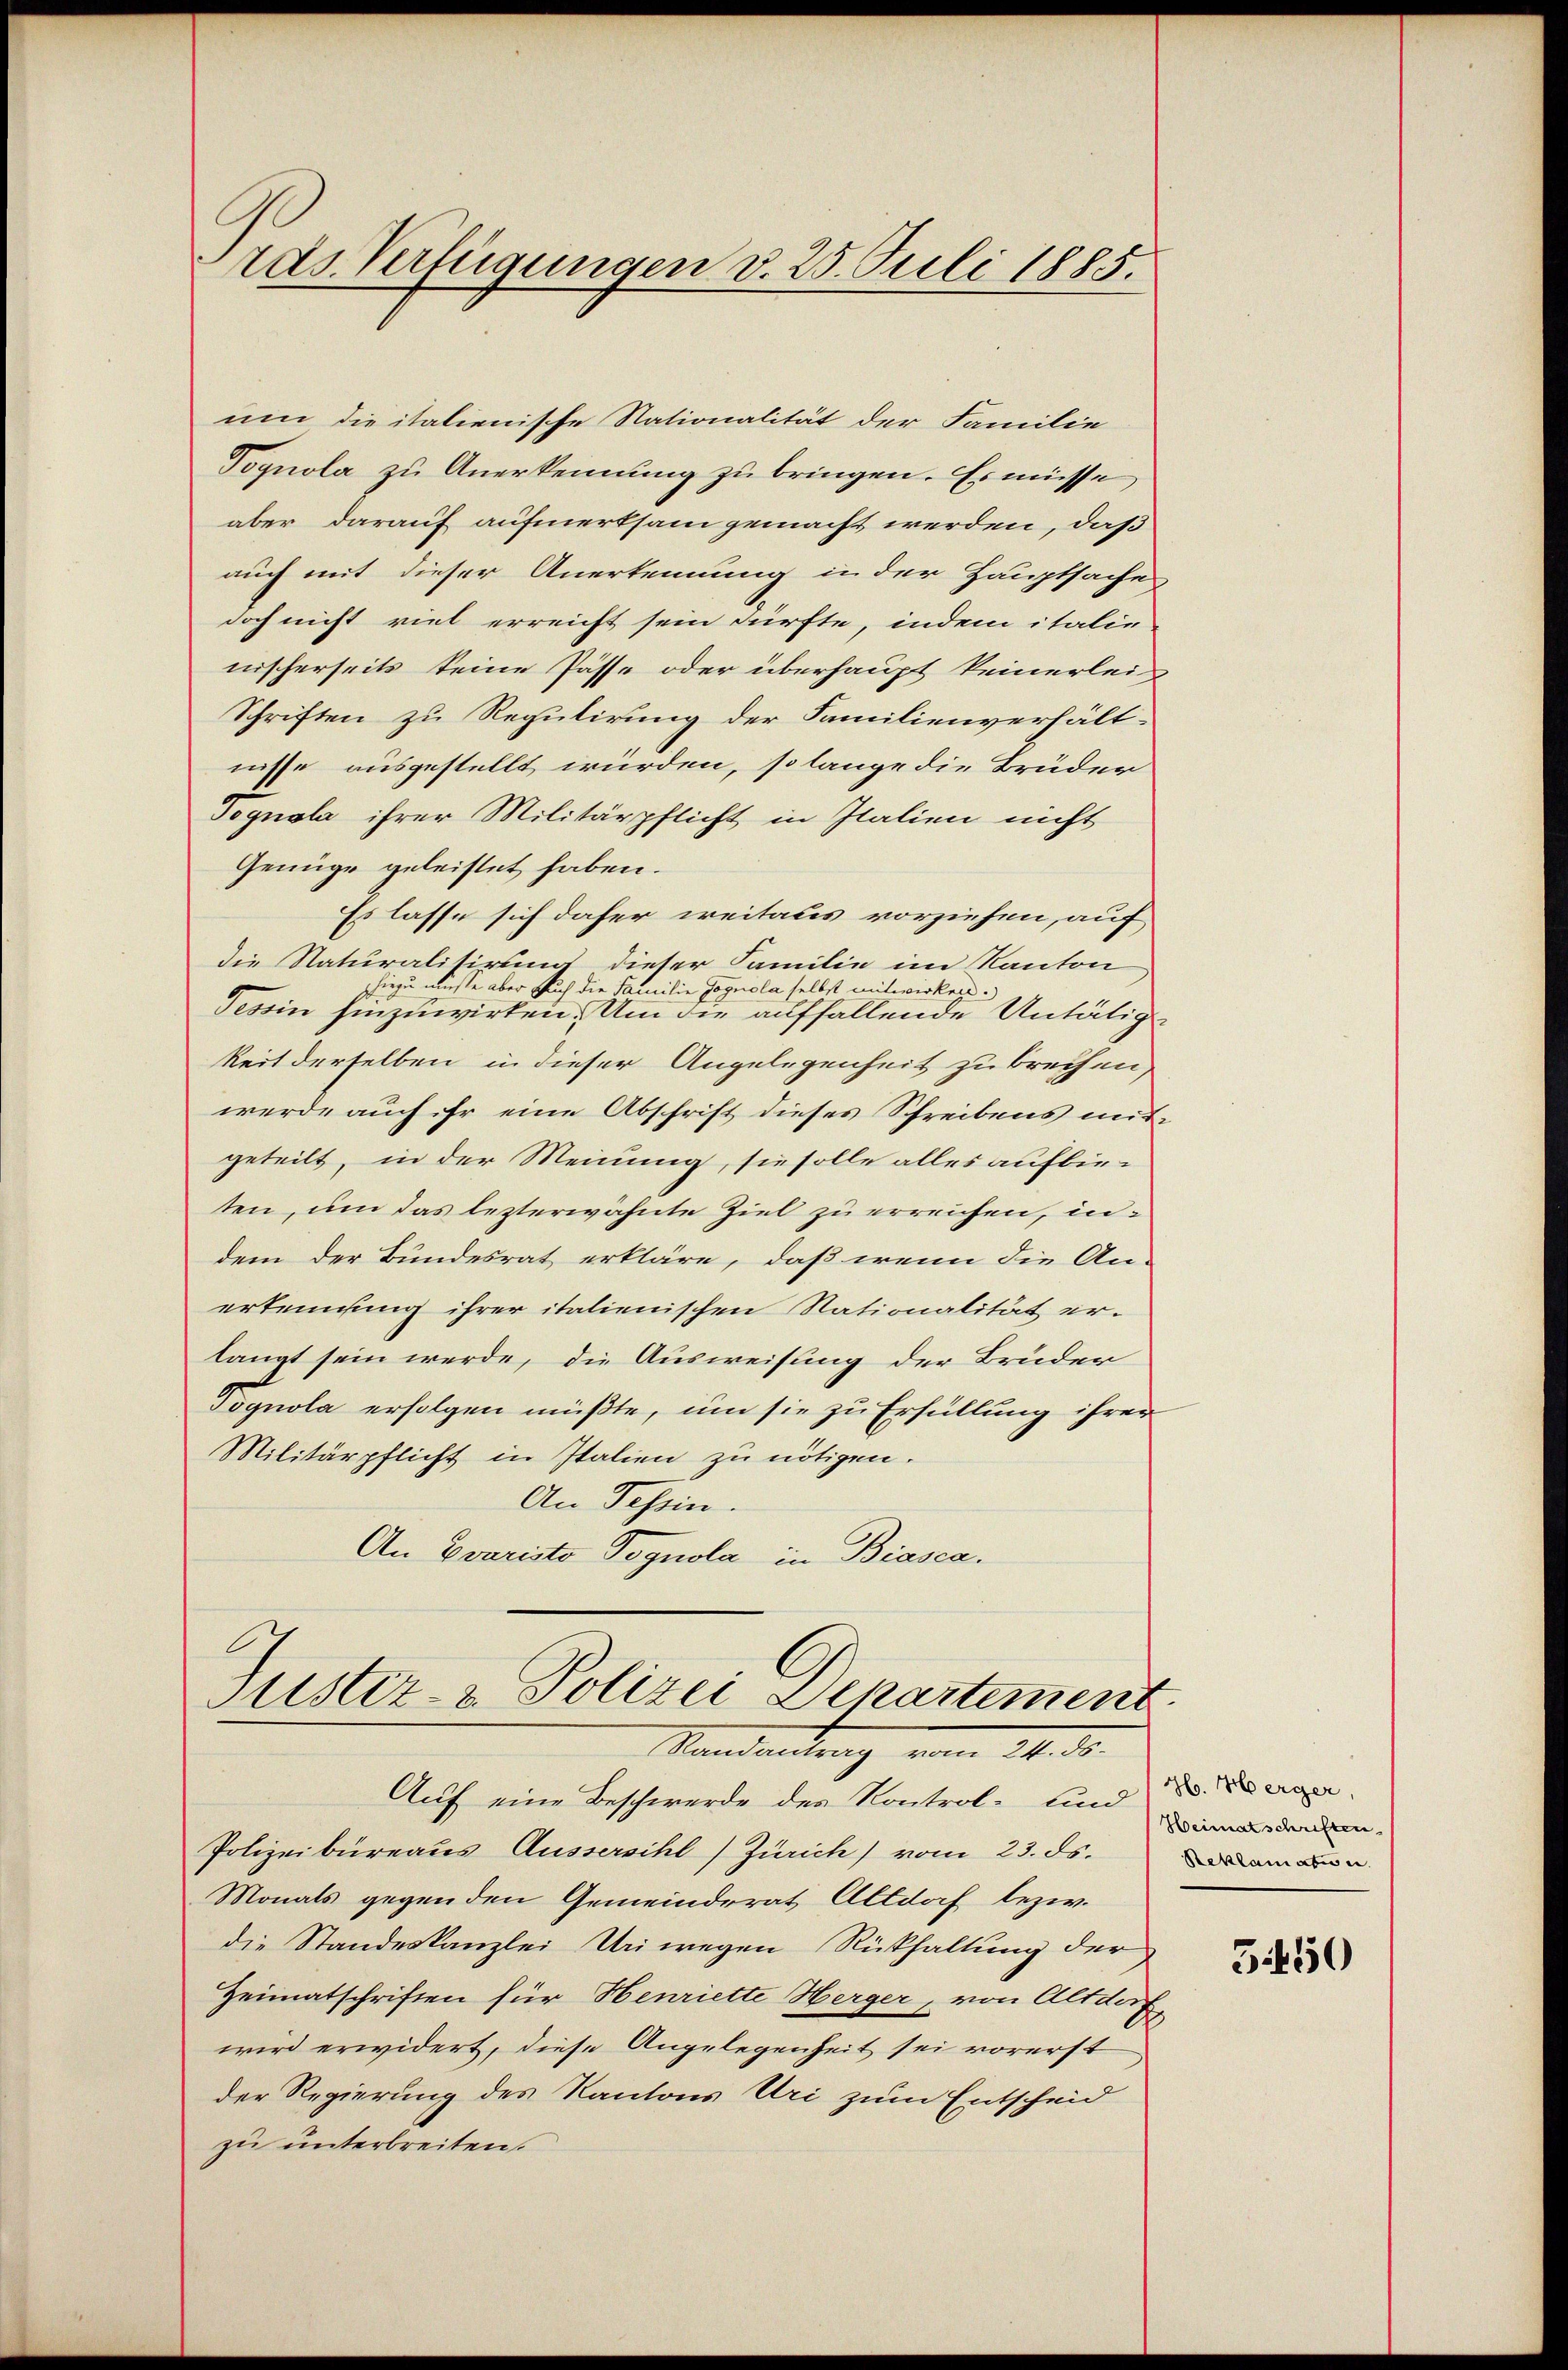
ras Verfügungen d. 25. Juli 1885.

um die italienische Nationalität der Familie
Vognola zu Anerkennung zu bringen. Es müsse,
aber darauf aufmerksam gemacht werden, daß
auch mit dieser Anerkennung in der Hauptsache
doch nicht viel erreicht sein dürfte, indem italie
nischerseits keine Pässe oder überhaupt keinerlei
Schriften zu Regulirung der Familienverhältnisse ausgestellt würden, so lange die Brüder
Pognola ihrer Militärpflicht in Italien nicht
Genüge geleistet haben.
Es lasse sich daher weitaus vorziehen, auf
die Naturalisirung dieser Familie im Kanton
hiezu müsse aber such die Familie Jognola selbst mitwirken.
Tessin hinzuwirken. Um die auffallende Untätig
keit derselben in dieser Angelegenheit zu brechen,
werde auch Er eine Abschrift dieses Schreibens mitgeteilt, in der Meinung, sie solle alles aufbie-
ten, um das lezterwähnte Ziel zu erreichen, indem der Bundesrat erkläre, daß wenn die An-
erkennung ihrer italienischen Nationalität er-
langt sein werde, die Ausweisung der Brüder
Pognola erfolgen müßte, um sie zu Erfüllung ihrer
Militärpflicht in Italien zu nötigen.
An Tessin
An Evaristo Pognola in Biasca.

Justiz- & Polizei Departement
Mandantrag vom 14. d.
Auf eine Beschwerde der Kontrol- und dage

Polizeibureaus Aussersihl) Zürich) vom 23. ds.
Monats gegenden Gemeinderat Altdof bezw.
die Standeskanzlei Uri wegen Rückhaltung der
Heimatschriften für Henriette Herger, von Altdorf
wird erwidert, diese Angelegenheit sei vorerst
der Regierung des Kantons Uri zum Entscheid
zu unterbreiten.

Heimatschriften.
Reklamatwe

5450